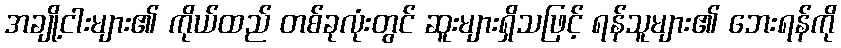
အချို့ငါးများ၏ ကိုယ်ထည် တစ်ခုလုံးတွင် ဆူးများရှိသဖြင့် ရန်သူများ၏ ဘေးရန်ကို